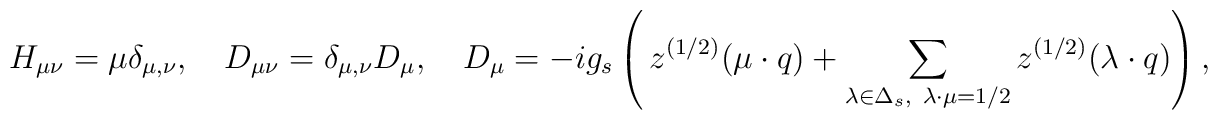
H_{\mu \nu}=\mu \delta_{\mu, \nu},\quad    D_{\mu \nu}= \delta_{\mu, \nu}D_{\mu},\quad    D_{\mu}=-ig_s\left(\,z^{(1/2)}(\mu\cdot   q)+\sum_{\lambda\in\Delta_s,\    \lambda\cdot\mu=1/2}z^{(1/2)}(\lambda\cdot q)\right),